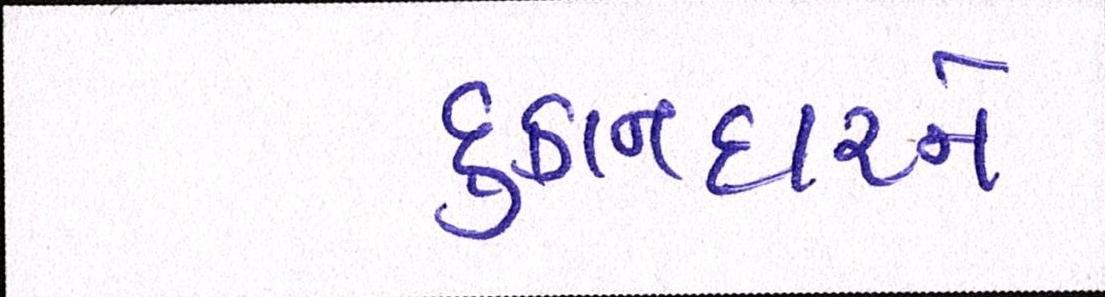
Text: દુકાનદારને